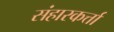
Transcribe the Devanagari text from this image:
संहारकर्त्ता